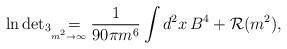
LaTeX: \begin{align*}\ln \mbox{det}_3\lower7pt \hbox{$\scriptscriptstyle m^2 \to \infty$} \mkern-25mu =\ \frac{1}{90\pi m^6} \int d^2x\, B^4 + {\mathcal{R}} (m^2),\end{align*}